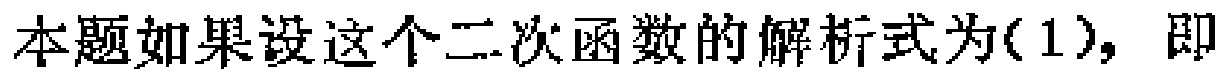
本题如果设这个二次函数的解析式为(1)，即